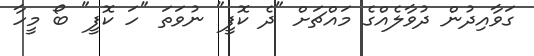
ގަވާއިދުން ދުވާލެއްގެ މައްޗަށް "ދެ ކޮފީ" ނުވަތަ "ހަ ކޮފީ" ބޯ މީހާ